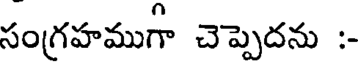
సంగ్రహముగా చెప్పెదను :-